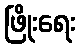
ဖြိုးရေး